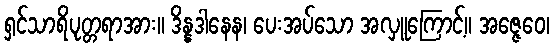
ရှင်သာရိပုတ္တရာအား။ ဒိန္နဒါနေန၊ ပေးအပ်သော အလှူကြောင့်။ အဇ္ဇေဝေ၊